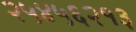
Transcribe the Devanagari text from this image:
२५४५६२१३